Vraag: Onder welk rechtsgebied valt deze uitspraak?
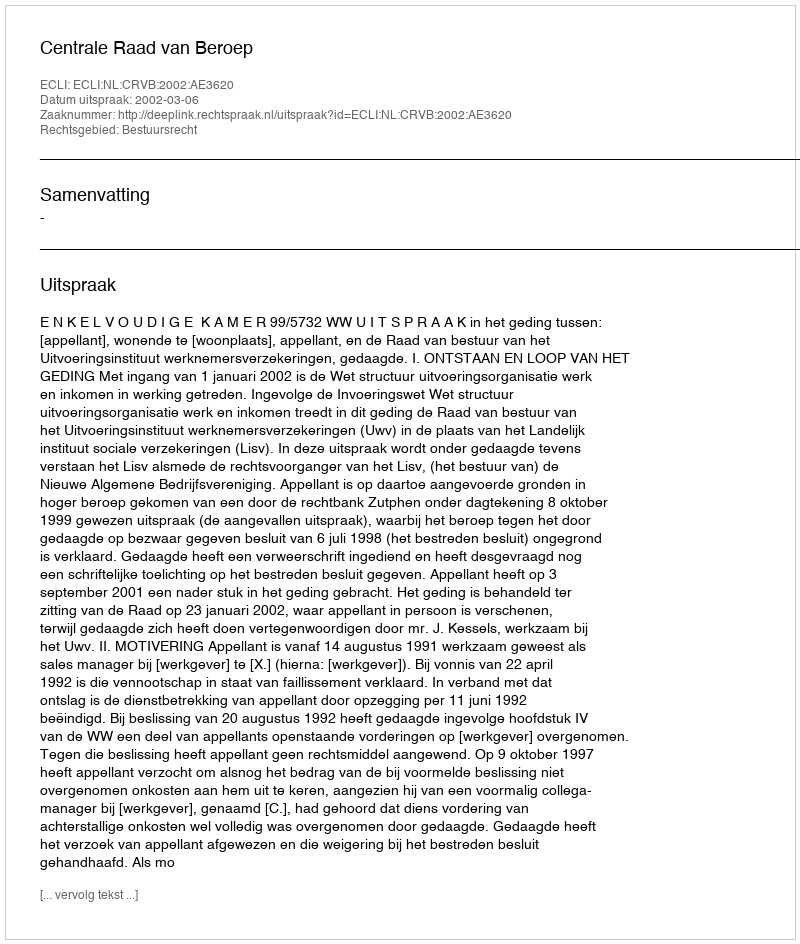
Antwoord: Bestuursrecht